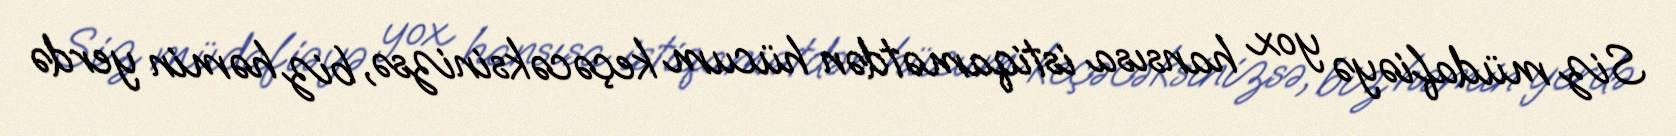
Siz müdafiəyə yox hansısa istiqamətdən hücum keçəcəksinizsə, biz həmin yerdə